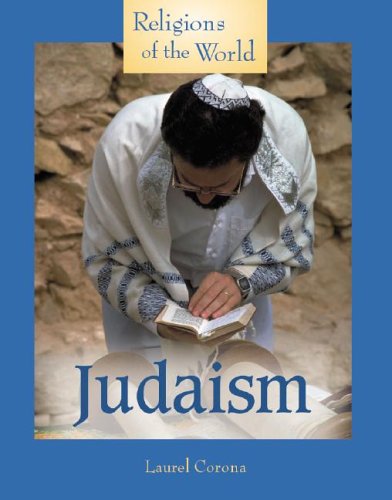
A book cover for Judaism (Religions of the World); Laurel Corona; Teen & Young Adult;